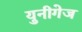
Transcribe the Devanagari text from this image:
युनीगेज